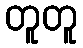
တူတူ